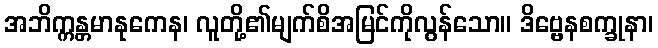
အဘိက္ကန္တမာနုကေန၊ လူတို့၏မျက်စိအမြင်ကိုလွန်သော။ ဒိဗ္ဗေနစက္ခုနာ၊